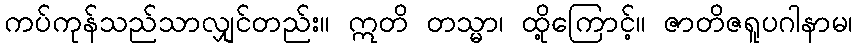
ကပ်ကုန်သည်သာလျှင်တည်း။ ဣတိ တသ္မာ၊ ထို့ကြောင့်။ ဇာတိဇရူပဂါနာမ၊